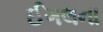
ઈગલના